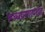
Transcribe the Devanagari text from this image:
लब्धप्रणाणश